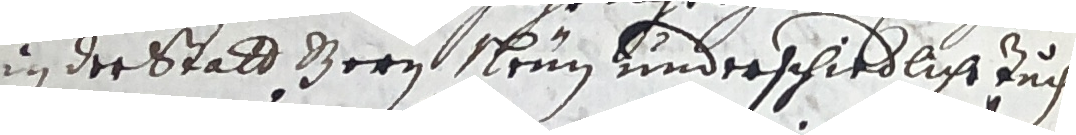
in der stald d ern sheim kinderschiedliche zuch